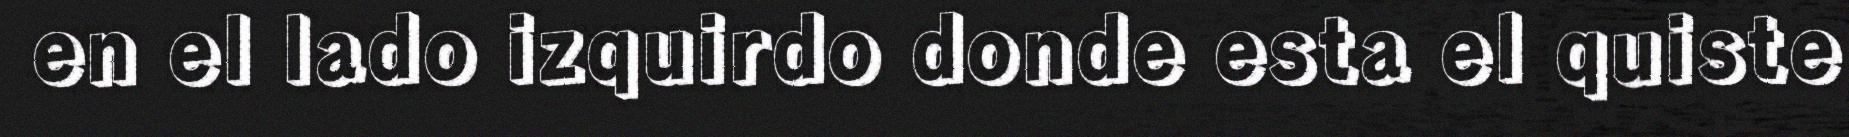
en el lado izquirdo donde esta el quiste